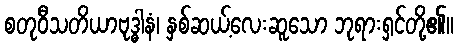
စတုဝီသတိယာဗုဒ္ဓါနံ၊ နှစ်ဆယ့်လေးဆူသော ဘုရားရှင်တို့၏။